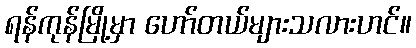
ရန်ကုန်မြို့မှာ ဟော်တယ်များသလားဟင်။